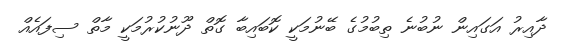
ދާއިރު އަގަަައިން ނުބުނެ ތިބުމުގެ ބޭނުމަކީ ކޮބައިބާ ގޮތް ދޫނުކުރުމަކީ މާތް ސިފައެއް